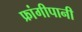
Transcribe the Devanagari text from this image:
फ्रांगीपानी